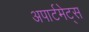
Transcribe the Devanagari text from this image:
अपार्टमेट्स